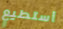
أستطيع